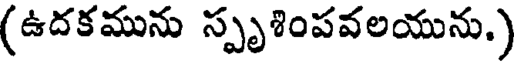
(ఉదకమును స్పృశింపవలయును.)